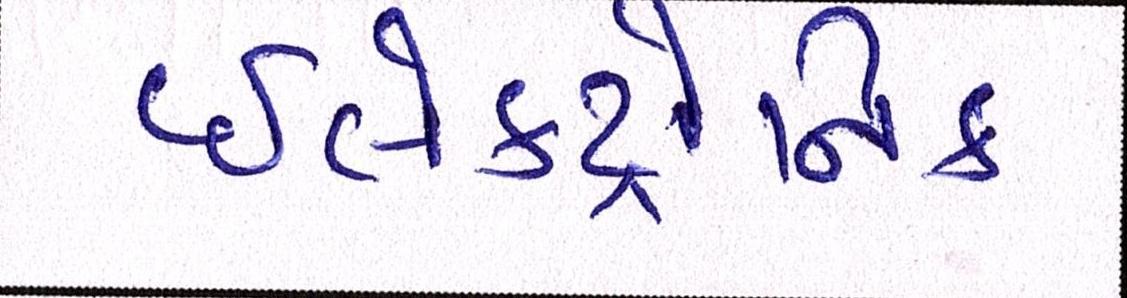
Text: ઇલેક્ટ્રોનિક